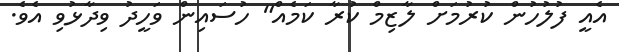
އެއީ ފުލުހުން ކުރުމަށް ލާޒިމް ކުރާ ކަމެއް" ހުސައިން ވަހީދު ވިދާޅުވި އެވެ.